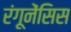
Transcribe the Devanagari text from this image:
रंगूनेंसिस